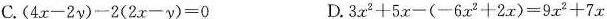
C.$$(4x-2y)-2(2x-y)=0$$ D.$$3x^{2}+5x-(-6x^{2}+2x)=9x^{2}+7x$$